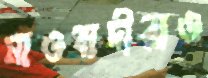
মাওবাদীরাও